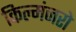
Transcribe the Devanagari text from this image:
किल्मंजरो